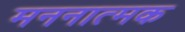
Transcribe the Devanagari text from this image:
मननात्मक